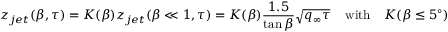
z _ { j e t } ( \beta , \tau ) = K ( \beta ) z _ { j e t } ( \beta \ll 1 , \tau ) = K ( \beta ) \frac { 1 . 5 } { \tan \beta } \sqrt { q _ { \infty } \tau } \, \quad \mathrm { w i t h } \quad K ( \beta \leq 5 ^ { \circ } ) = 1 \quad \mathrm { a n d }